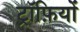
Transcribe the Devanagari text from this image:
ट्रॉफ़ियों